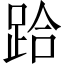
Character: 跲